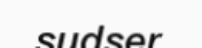
sudser